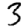
Digit: 3